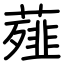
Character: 薤